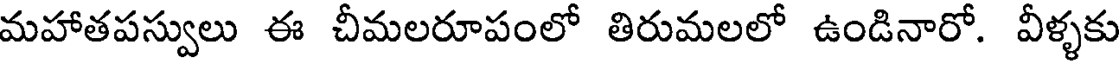
మహాతపస్వులు ఈ చీమలరూపంలో తిరుమలలో ఉండినారో. వీళ్ళకు